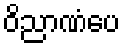
ဝိညာဏံပေ